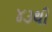
૪૩થી